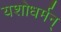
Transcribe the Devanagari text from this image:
यशोधर्मन्‌